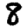
Digit: 8